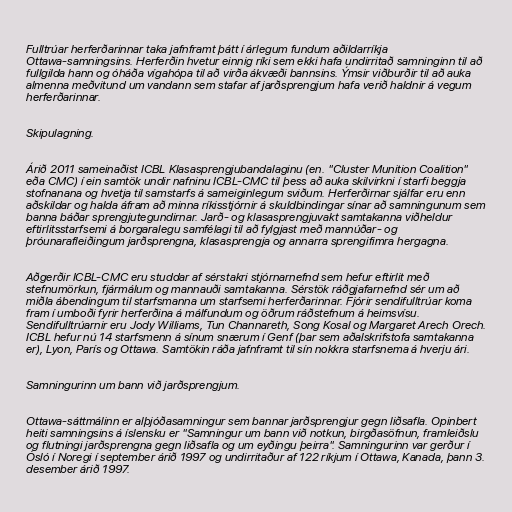
Fulltrúar herferðarinnar taka jafnframt þátt í árlegum fundum aðildarríkja
Ottawa-samningsins. Herferðin hvetur einnig ríki sem ekki hafa undirritað samninginn til að
fullgilda hann og óháða vígahópa til að virða ákvæði bannsins. Ýmsir viðburðir til að auka
almenna meðvitund um vandann sem stafar af jarðsprengjum hafa verið haldnir á vegum
herferðarinnar.

Skipulagning.

Árið 2011 sameinaðist ICBL Klasasprengjubandalaginu (en. "Cluster Munition Coalition"
eða CMC) í ein samtök undir nafninu ICBL-CMC til þess að auka skilvirkni í starfi beggja
stofnanana og hvetja til samstarfs á sameiginlegum sviðum. Herferðirnar sjálfar eru enn
aðskildar og halda áfram að minna ríkisstjórnir á skuldbindingar sínar að samningunum sem
banna báðar sprengjutegundirnar. Jarð- og klasasprengjuvakt samtakanna viðheldur
eftirlitsstarfsemi á borgaralegu samfélagi til að fylgjast með mannúðar- og
þróunarafleiðingum jarðsprengna, klasasprengja og annarra sprengifimra hergagna.

Aðgerðir ICBL-CMC eru studdar af sérstakri stjórnarnefnd sem hefur eftirlit með
stefnumörkun, fjármálum og mannauði samtakanna. Sérstök ráðgjafarnefnd sér um að
miðla ábendingum til starfsmanna um starfsemi herferðarinnar. Fjórir sendifulltrúar koma
fram í umboði fyrir herferðina á málfundum og öðrum ráðstefnum á heimsvísu.
Sendifulltrúarnir eru Jody Williams, Tun Channareth, Song Kosal og Margaret Arech Orech.
ICBL hefur nú 14 starfsmenn á sínum snærum í Genf (þar sem aðalskrifstofa samtakanna
er), Lyon, París og Ottawa. Samtökin ráða jafnframt til sín nokkra starfsnema á hverju ári.

Samningurinn um bann við jarðsprengjum.

Ottawa-sáttmálinn er alþjóðasamningur sem bannar jarðsprengjur gegn liðsafla. Opinbert
heiti samningsins á íslensku er "Samningur um bann við notkun, birgðasöfnun, framleiðslu
og flutningi jarðsprengna gegn liðsafla og um eyðingu þeirra". Samningurinn var gerður í
Ósló í Noregi í september árið 1997 og undirritaður af 122 ríkjum í Ottawa, Kanada, þann 3.
desember árið 1997.